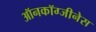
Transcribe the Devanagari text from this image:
ऑनकॉग्जीनेस